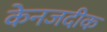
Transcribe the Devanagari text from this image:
केनजदीक